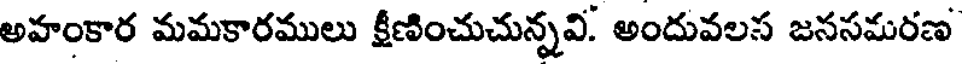
అహంకార మమకారములు క్షీణించుచున్నవి. అందువలస జనసమరణ